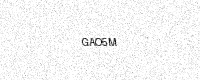
Text: GAO5M